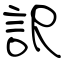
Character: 訳